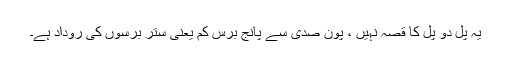
یہ پل دو پل کا قصہ نہیں ، پون صدی سے پانج برس کم یعنی ستر برسوں کی روداد ہے۔